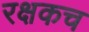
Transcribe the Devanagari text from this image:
रक्षकच